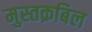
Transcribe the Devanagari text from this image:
मुस्तक़बिल